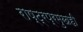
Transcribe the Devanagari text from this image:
राष्ट्रप्रमुखही